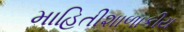
માહિતીશાળાકીય